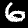
Label: 6